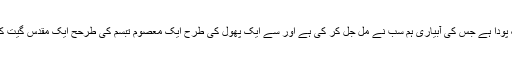
منافقت کی دنیا میں بھی وہ ایک پودا ہے جس کی آبیاری ہم سب نے مل جل کر کی ہے اور سے ایک پھول کی طرح ایک معصوم تبسم کی طرحح ایک مقدس گیت کی طرح حرز جاں بنا رکھا ہے۔